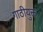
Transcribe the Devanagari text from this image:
गाठीयुक्त